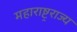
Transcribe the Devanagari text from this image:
महाराष्ट्रराज्य